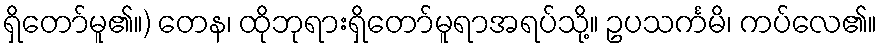
ရှိတော်မူ၏။) တေန၊ ထိုဘုရားရှိတော်မူရာအရပ်သို့။ ဥပသင်္ကမိ၊ ကပ်လေ၏။